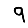
Digit: 9